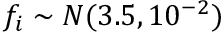
f _ { i } \sim { \cal N } ( 3 . 5 , 1 0 ^ { - 2 } )